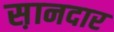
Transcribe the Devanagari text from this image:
स़ानदार